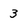
Character: 3